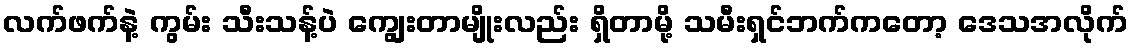
လက်ဖက်နဲ့ ကွမ်း သီးသန့်ပဲ ကျွေးတာမျိုးလည်း ရှိတာမို့ သမီးရှင်ဘက်ကတော့ ဒေသအလိုက်